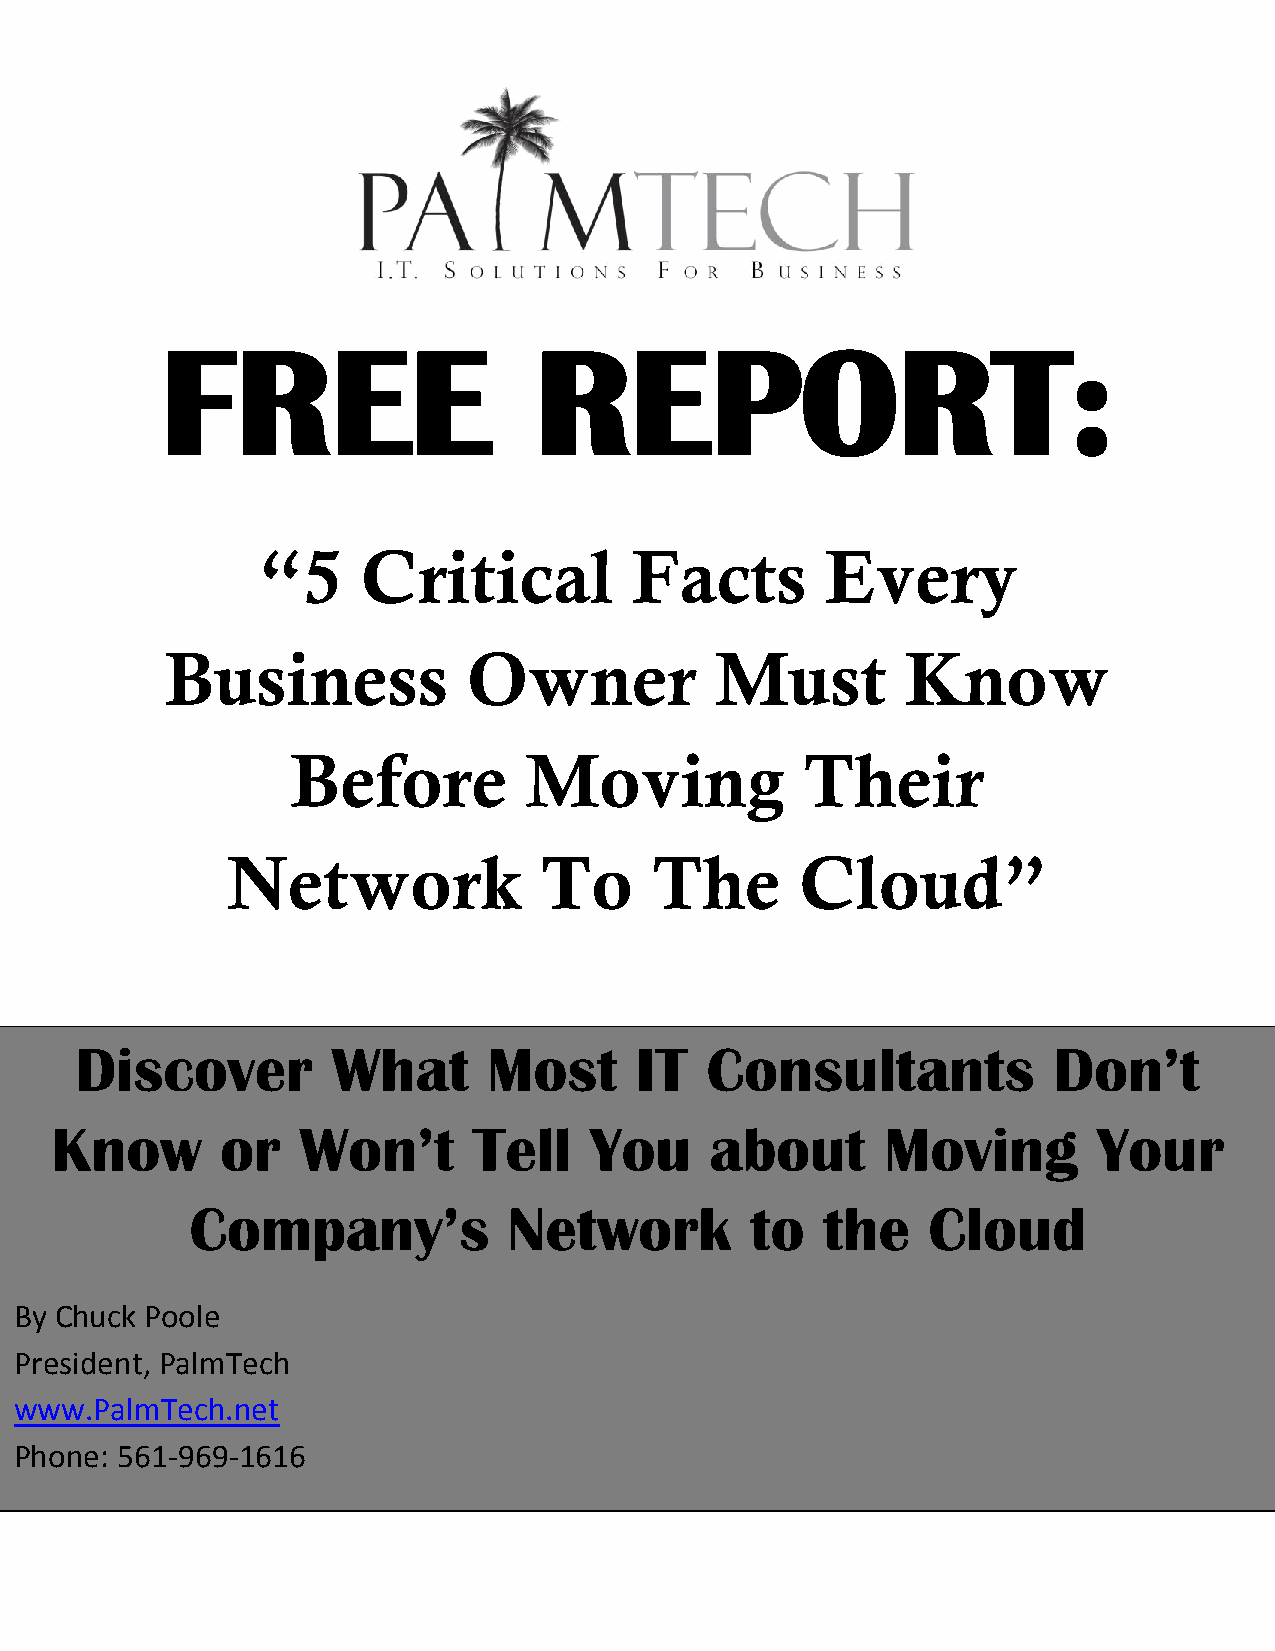
FREE                    REPORT:
 “5     Critical          Facts        Every
 Business            Owner           Must         Know
 Before          Moving            Their
 Network              To     The       Cloud”
 Discover         What      Most      IT   Consultants            Don’t
 Know        or   Won’t      Tell    You     about       Moving        Your
 Company’s            Network         to  the    Cloud
 By Chuck Poole
 President, PalmTech
 www.PalmTech.net
 Phone: 561-969-1616